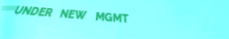
UNDER NEW MGMT